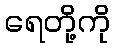
ရေတို့ကို